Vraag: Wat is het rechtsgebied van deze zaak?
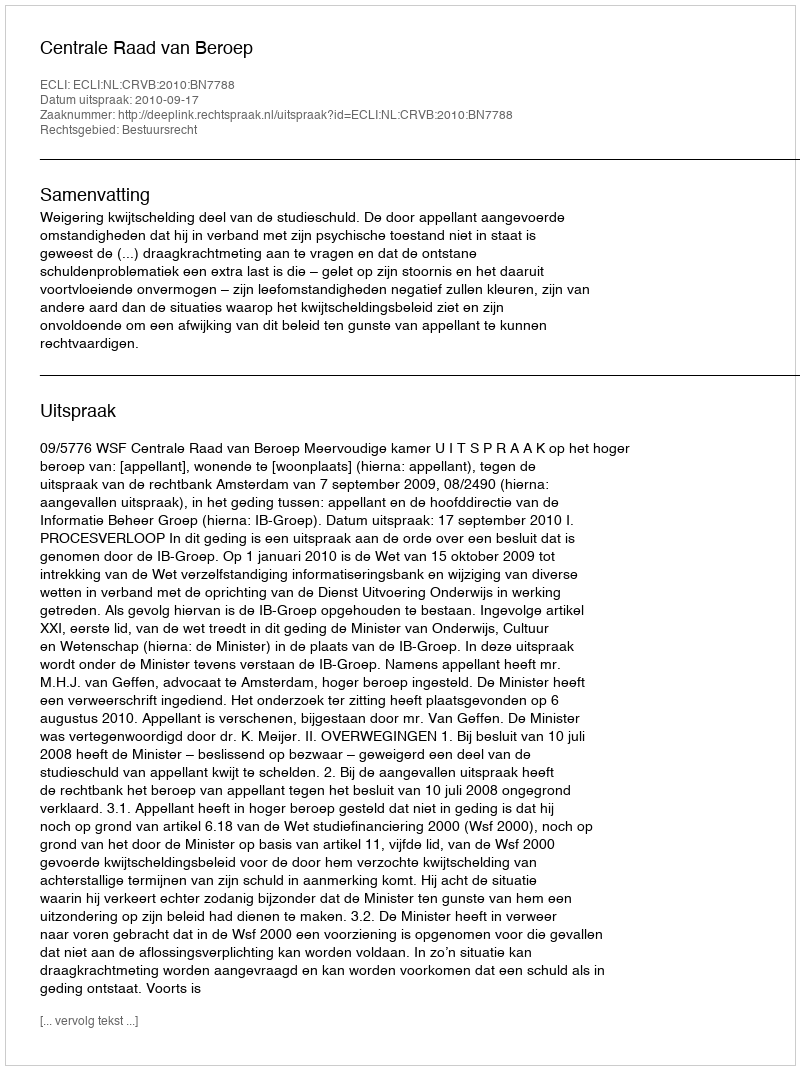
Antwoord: Bestuursrecht